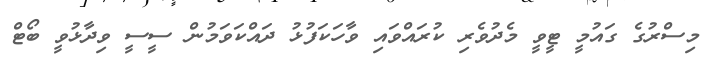
މިސްރުގެ ގައުމީ ޓީވީ މެދުވެރި ކުރައްވައި ވާހަކަފުޅު ދައްކަވަމުން ސީސީ ވިދާޅުވީ ބޯޓް